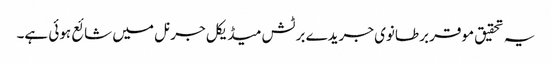
یہ تحقیق موقر برطانوی جریدے برٹش میڈیکل جرنل میں شائع ہوئی ہے۔